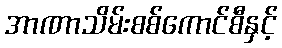
အာဏာသိမ်းစစ်ကောင်စီနှင့်